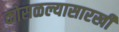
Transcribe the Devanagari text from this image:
कोसळल्यासारखी